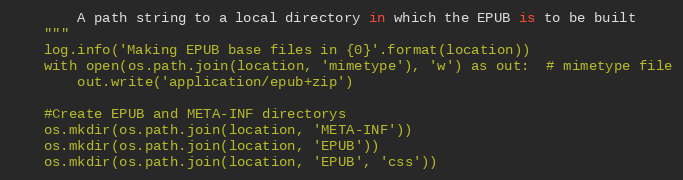
Language: Python
        A path string to a local directory in which the EPUB is to be built
    """
    log.info('Making EPUB base files in {0}'.format(location))
    with open(os.path.join(location, 'mimetype'), 'w') as out:  # mimetype file
        out.write('application/epub+zip')

    #Create EPUB and META-INF directorys
    os.mkdir(os.path.join(location, 'META-INF'))
    os.mkdir(os.path.join(location, 'EPUB'))
    os.mkdir(os.path.join(location, 'EPUB', 'css'))